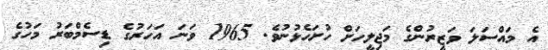
އެ މައްސަލަ ވަޒީރުންގެ މަޖިލީހަށް ހުށަހެޅުނުވެ. 1965 ވަނަ އަހަރުގެ ޑިސެމްބަރު މަހުގެ